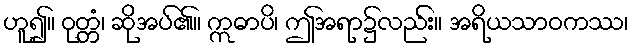
ဟူ၍။ ဝုတ္တံ၊ ဆိုအပ်၏။ ဣဓာပိ၊ ဤအရာ၌လည်း။ အရိယသာဝကဿ၊